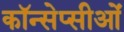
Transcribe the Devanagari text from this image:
कॉन्सेप्सीओं